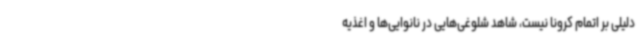
دلیلی بر اتمام کرونا نیست، شاهد شلوغی‌هایی در نانوایی‌ها و اغذیه‌